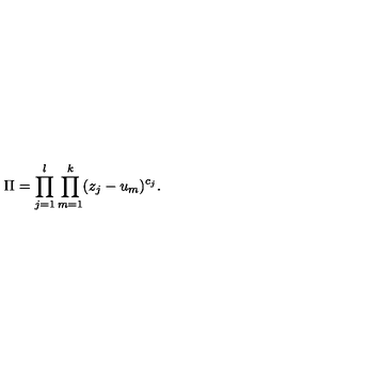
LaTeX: \Pi = \prod _ { j = 1 } ^ { l } \prod _ { m = 1 } ^ { k } ( z _ { j } - u _ { m } ) ^ { c _ { j } } .